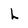
Character: L